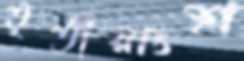
তৃতীয়াংশ্র